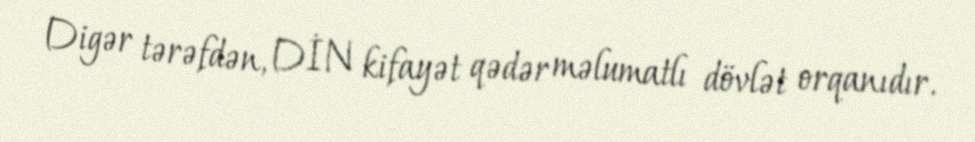
Digər tərəfdən, DİN kifayət qədər məlumatlı dövlət orqanıdır.